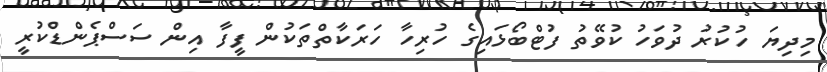
މިދިޔަ ހުކުރު ދުވަހު ކުވޭތު ފުޓްބޯޅައިގެ ހުރިހާ ހަރަކާތްތަކުން ފީފާ އިން ސަސްޕެންޑްކުރީ